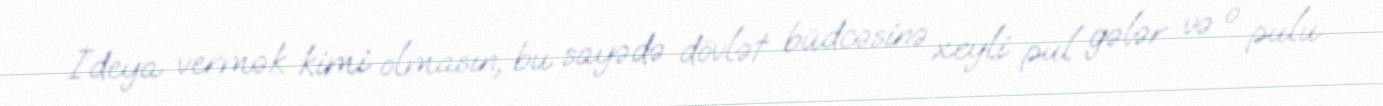
İdeya vermək kimi olmasın, bu sayədə dövlət büdcəsinə xeyli pul gələr və o pulu